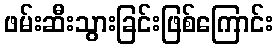
ဖမ်းဆီးသွားခြင်းဖြစ်ကြောင်း